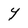
Character: Y